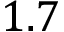
1 . 7